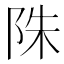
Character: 陎